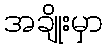
အချိုးမှာ